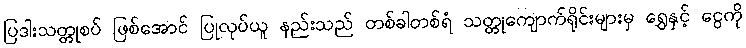
ပြဒါးသတ္တုစပ် ဖြစ်အောင် ပြုလုပ်ယူ နည်းသည် တစ်ခါတစ်ရံ သတ္တုကျောက်ရိုင်းများမှ ရွှေနှင့် ငွေကို